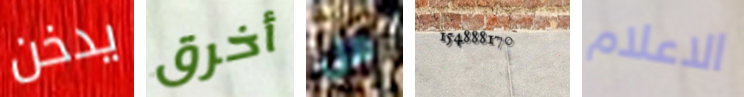
يدخن أخرق هل 154888170 الاعلام